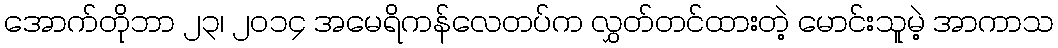
အောက်တိုဘာ ၂၃၊ ၂၀၁၄ အမေရိကန်လေတပ်က လွှတ်တင်ထားတဲ့ မောင်းသူမဲ့ အာကာသ